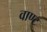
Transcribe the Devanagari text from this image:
वाण्ट